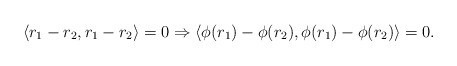
\begin{align*}\langle r_1 - r_2 , r_1 - r_2 \rangle = 0 \Rightarrow \langle \phi (r_1 ) - \phi ( r_2 ) , \phi ( r_1 ) - \phi ( r_2 ) \rangle = 0.\end{align*}